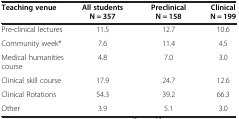
| Teaching venue | All students N = 357 | Preclinical N = 158 | Clinical N = 199 |
 | --- | --- | --- | --- |
 | Pre-clinical lectures | 11.5 | 12.7 | 10.6 |
 | Community week* | 7.6 | 11.4 | 4.5 |
 | Medical humanities course | 4.8 | 7.0 | 3.0 |
 | Clinical skill course | 17.9 | 24.7 | 12.6 |
 | Clinical Rotations | 54.3 | 39.2 | 66.3 |
 | Other | 3.9 | 5.1 | 3.0 |